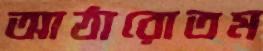
আঠারোতম